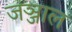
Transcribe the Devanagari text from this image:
जञ्जाल